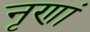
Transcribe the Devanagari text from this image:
नृणां